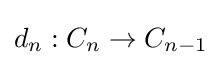
d_{n}:C_{n}\to C_{n-1}